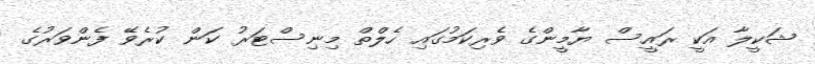
ޝަކީލާ އަކީ ރައީސް ޔާމީންގެ ވެރިކަމުގައި ހެލްތް މިނިސްޓަރު ކަން ކުރެވޭ ފެންވަރުގެ